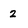
Character: 2